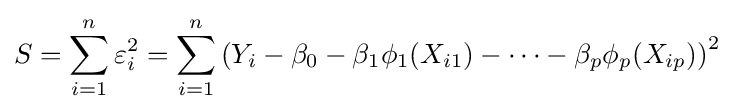
S=\sum _{i=1}^{n}\varepsilon _{i}^{2}=\sum _{i=1}^{n}\left(Y_{i}-\beta _{0}-\beta _{1}\phi _{1}(X_{i1})-\cdots -\beta _{p}\phi _{p}(X_{ip})\right)^{2}